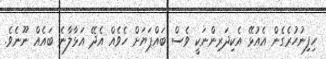
ހިފިނުހުރެގެން އެއުޅޭ އެކިދަރިންނަކީ ވެސް ބައްޕަޔަށް ހެވެއް އެދޭ އަޅާލާނެ ބައެއް ނޫނެވެ.